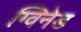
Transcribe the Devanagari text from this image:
ग्विनेड